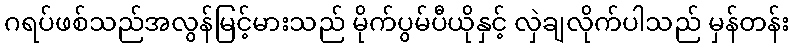
ဂရပ်ဖစ်သည်အလွန်မြင့်မားသည် မိုက်ပွမ်ပီယိုနှင့် လှဲချလိုက်ပါသည် မှန်တန်း